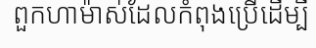
ពួកហាម៉ាស់ដែលកំពុងប្រើដើម្បី